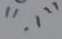
Text: "-1"